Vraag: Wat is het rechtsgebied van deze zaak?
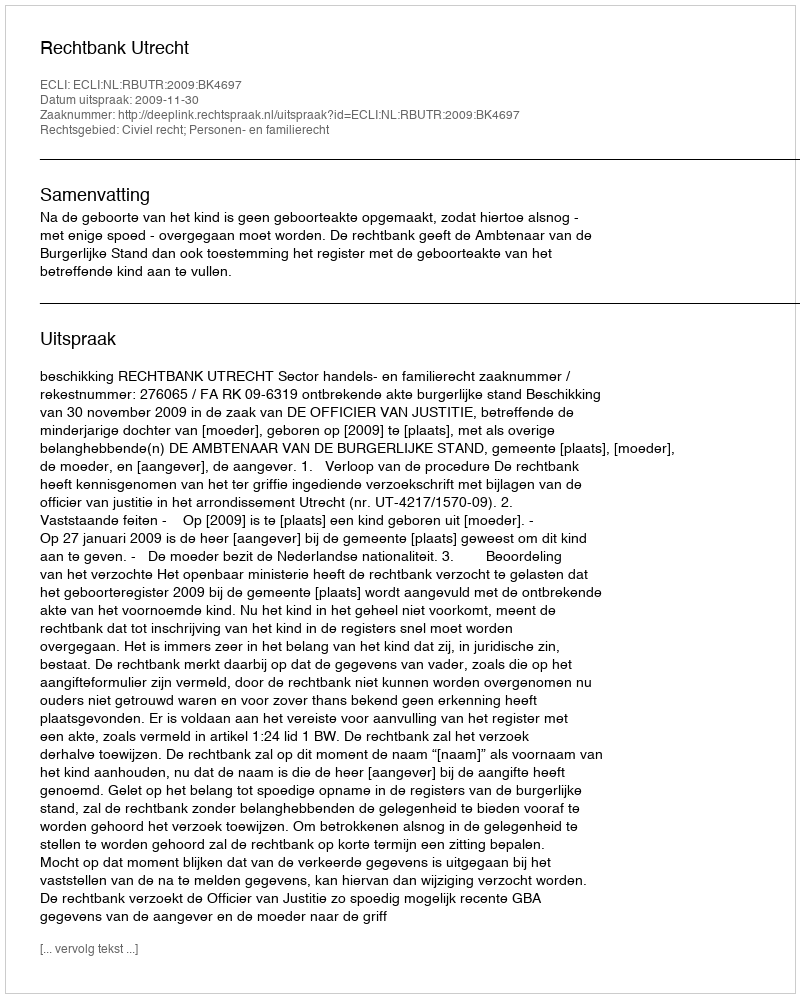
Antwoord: Civiel recht; Personen- en familierecht